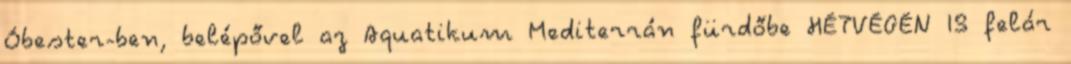
Óbester-ben, belépővel az Aquatikum Mediterrán fürdőbe HÉTVÉGÉN IS felár